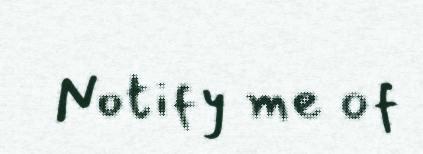
Notify me of